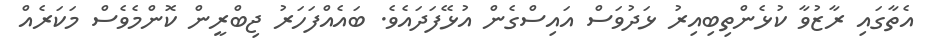
އެތާގައި ރާޒުވާ ކުޅެންތިބިއިރު ޅަދުވަސް އައިސްގެން އުޅޭފަދައެވެ. ބައެއްފަހަރު ޖިބްރީން ކޮންމެވެސް މަކަރެއް